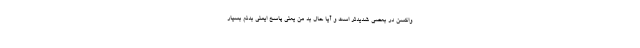
واکسن در بعضی شدیدتر است و آیا حال بد من یعنی پاسخ ایمنی بدنم بسیار